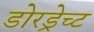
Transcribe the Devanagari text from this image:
डोरड्रेच्ट